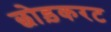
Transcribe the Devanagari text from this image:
छोड़करट